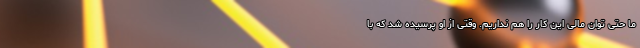
ما حتی توان مالی این کار را هم نداریم. وقتی از او پرسیده شد که با